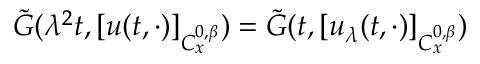
\tilde { G } ( \lambda ^ { 2 } t , [ u ( t , \cdot ) ] _ { C _ { x } ^ { 0 , \beta } } ) = \tilde { G } ( t , [ u _ { \lambda } ( t , \cdot ) ] _ { C _ { x } ^ { 0 , \beta } } )